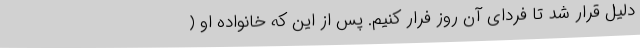
دلیل قرار شد تا فردای آن روز فرار کنیم. پس از این که خانواده او (